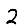
Digit: 2